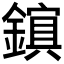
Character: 𫓃